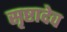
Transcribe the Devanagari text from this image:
सृष्टादेव